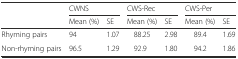
<table><thead><tr><td rowspan="2"></td><td colspan="2"><b>CWNS</b></td><td colspan="2"><b>CWS-Rec</b></td><td colspan="2"><b>CWS-Per</b></td></tr><tr><td><b>Mean (%)</b></td><td><b>SE</b></td><td><b>Mean (%)</b></td><td><b>SE</b></td><td><b>Mean (%)</b></td><td><b>SE</b></td></tr></thead><tbody><tr><td>Rhyming pairs</td><td>94</td><td>1.07</td><td>88.25</td><td>2.98</td><td>89.4</td><td>1.69</td></tr><tr><td>Non-rhyming pairs</td><td>96.5</td><td>1.29</td><td>92.9</td><td>1.80</td><td>94.2</td><td>1.86</td></tr></tbody></table>